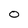
Character: 0